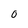
Character: 0